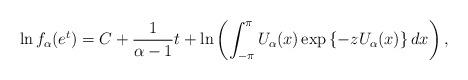
LaTeX: \begin{align*}\ln f_\alpha(e^t) = C+\frac{1}{\alpha-1}t+\ln\left(\int_{-\pi}^\pi U_\alpha(x)\exp\left\{-z U_\alpha(x)\right\}dx\right),\end{align*}